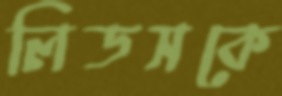
লিডসকে